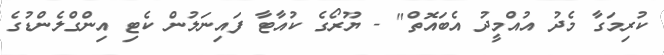
ކުރިމަގާ މެދު އުއްމީދު އެބައޮތް" - ޔޫރޯގެ ކުއާޓާ ފައިނަލުން ކެޓި އިންގްލެންޑުގެ